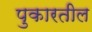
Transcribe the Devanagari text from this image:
पुकारतील